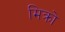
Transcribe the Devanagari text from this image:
मिक्रो